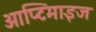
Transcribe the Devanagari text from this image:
आप्टिमाइज